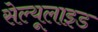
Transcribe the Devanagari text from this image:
सेल्यूलाइड